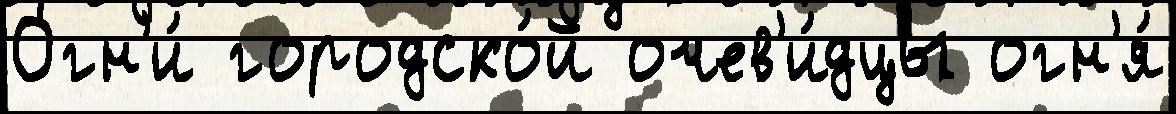
Огн'и́ городско́й очев'и́дцы огн'я́